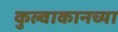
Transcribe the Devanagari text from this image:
कुल्वाकानच्या